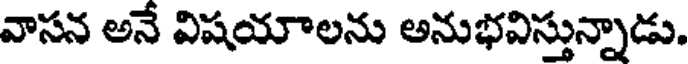
వాసన అనే విషయాలను అనుభవిస్తున్నాడు.